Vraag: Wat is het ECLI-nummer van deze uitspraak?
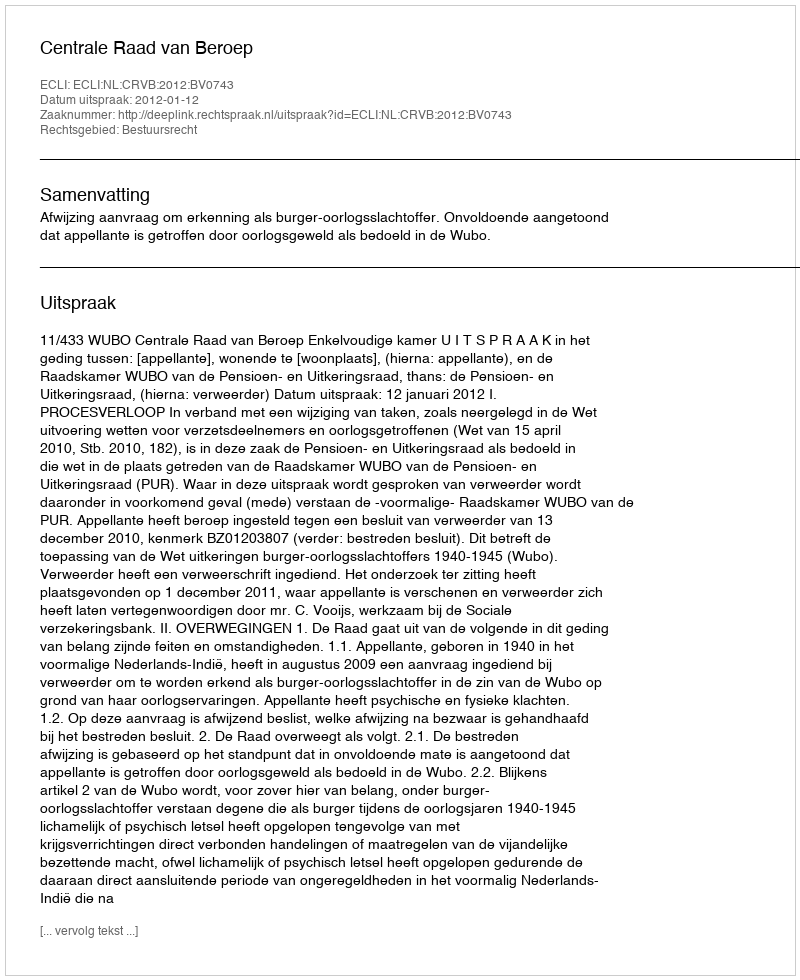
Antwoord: ECLI:NL:CRVB:2012:BV0743